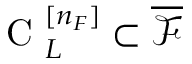
\mathrm { ~ C ~ } _ { L } ^ { [ n _ { F } ] } \subset \overline { { \mathcal { F } } }